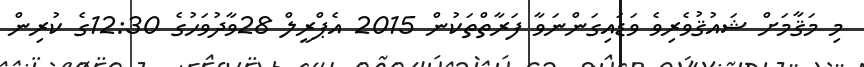
މި މަޤާމަށް ޝައުޤުވެރިވެ ވަޑައިގަންނަވާ ފަރާތްތަކުން 2015 އެޕްރީލް 28ވާދުވަހުގެ 12:30ގެ ކުރިން